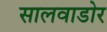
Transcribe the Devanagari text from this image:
सालवाडोर